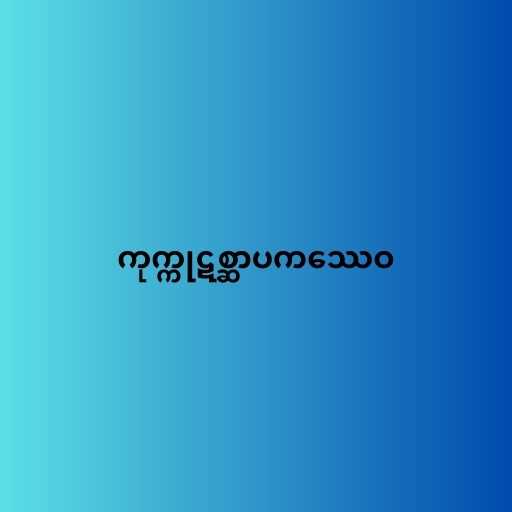
ကုက္ကုဋစ္ဆာပကဿေဝ